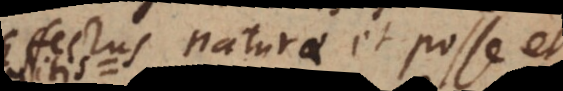
Effectus naturae et posse et